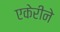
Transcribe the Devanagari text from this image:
एकेरीने